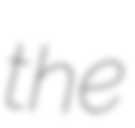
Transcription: the